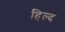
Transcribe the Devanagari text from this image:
हिल्द